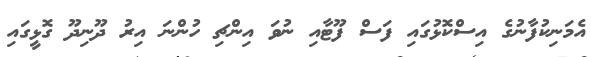
އެމަނިކުފާނުގެ އިސްކޮޅުގައި ފަސް ފޫޓާއި ނުވަ އިންޗި ހުންނަ އިރު ދޫނިދޫ ގޮޅީގައި